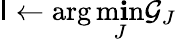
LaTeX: \mathsf{I}\leftarrow\arg\operatorname*{m\mathbf{i}n}_{J}\mathcal{{G}}_{J}